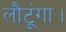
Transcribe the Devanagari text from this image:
लौटूंगा।